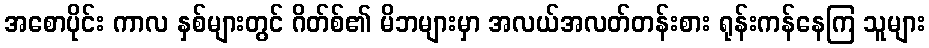
အစောပိုင်း ကာလ နှစ်များတွင် ဂိတ်စ်၏ မိဘများမှာ အလယ်အလတ်တန်းစား ရုန်းကန်နေကြ သူများ